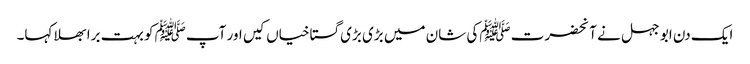
ایک دن ابو جہل نے آنحضرت ﷺکی شان میں بڑی بڑی گستاخیاں کیں اور آپﷺ کو بہت برا بھلا کہا۔